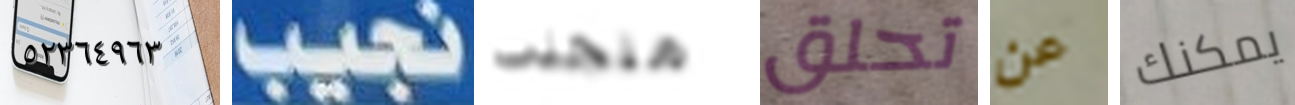
٥٢٣٦٤٩٦٣ نجيب منجذب تحلق عن يمكنك